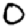
Digit: 0